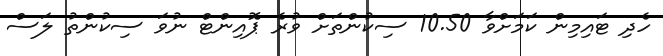
ހެދި ޓައިމިން ކަމަށްވާ 10.50 ސިކުންތަށް ވުރެ ޕޮއިންޓް ނުވަ ސިކުންތު ލަސް